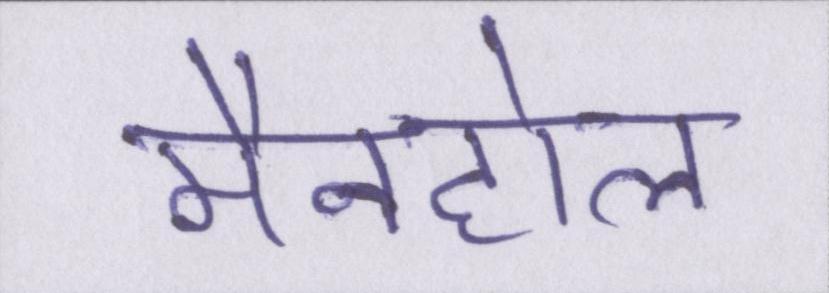
मैनहोल